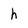
Character: h